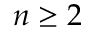
n \geq 2